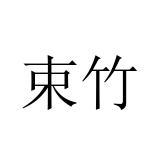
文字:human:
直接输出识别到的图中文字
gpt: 束竹